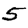
Digit: 5